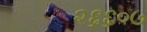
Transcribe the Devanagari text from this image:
२६६०७